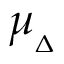
\mu _ { _ { \Delta } }